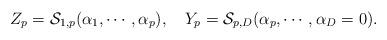
LaTeX: \begin{align*} Z_p=\mathcal{S}_{1,p}(\alpha_1,\cdots,\alpha_p),~~~Y_p=\mathcal{S}_{p,D}(\alpha_p,\cdots,\alpha_D=0).\end{align*}